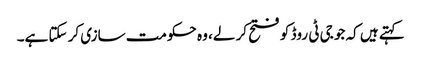
کہتے ہیں کہ جو جی ٹی روڈ کو فتح کر لے، وہ حکومت سازی کر سکتا ہے۔